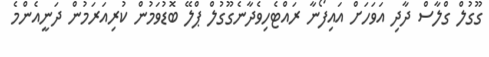
ގޫގުލް ގްލާސް ދާދި އަވަހަށް އައިފޯނާ ރައްޓެހިވެދާނެގޫގުލް ޕްލޭ ބޮޑުވަމުން ކުރިއަރަމުން ދަނީއެންމެ